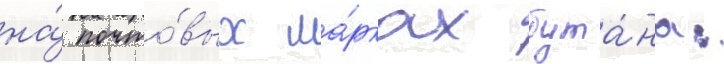
на́ почто́вых ма́рках бута́на: